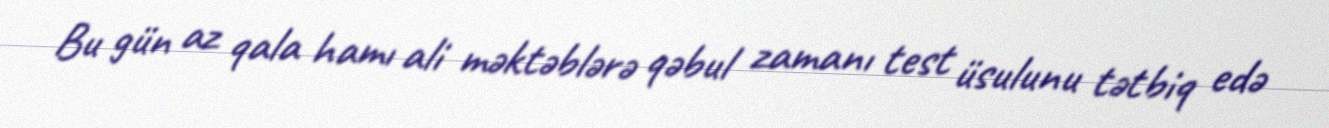
Bu gün az qala hamı ali məktəblərə qəbul zamanı test üsulunu tətbiq edə